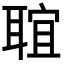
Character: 𦖑